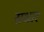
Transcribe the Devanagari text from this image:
सधार